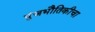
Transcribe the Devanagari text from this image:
पुंजभौतिकीचा